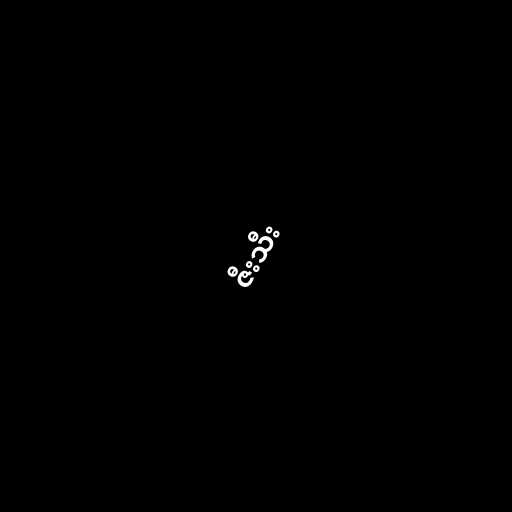
ဇီးသီး